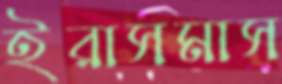
ইরাসমাস